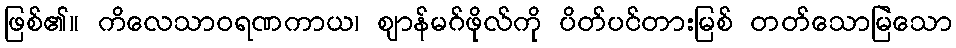
ဖြစ်၏။ ကိလေသာဝရဏကာယ၊ ဈာန်မဂ်ဖိုလ်ကို ပိတ်ပင်တားမြစ် တတ်သောမြဲသော